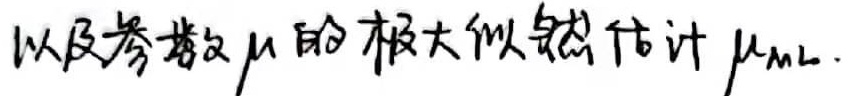
以及参数\(\mu\)的极大似然估计\(\mu_{ML}\)